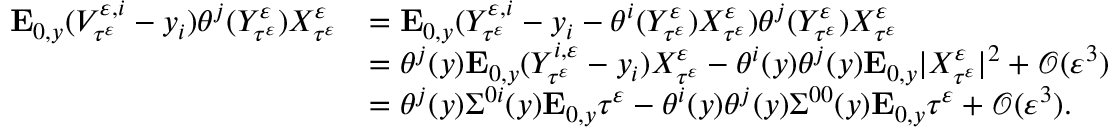
\begin{array} { r l } { \mathbf { E } _ { 0 , y } ( V _ { \tau ^ { \varepsilon } } ^ { \varepsilon , i } - y _ { i } ) \theta ^ { j } ( Y _ { \tau ^ { \varepsilon } } ^ { \varepsilon } ) X _ { \tau ^ { \varepsilon } } ^ { \varepsilon } } & { = \mathbf { E } _ { 0 , y } ( Y _ { \tau ^ { \varepsilon } } ^ { \varepsilon , i } - y _ { i } - \theta ^ { i } ( Y _ { \tau ^ { \varepsilon } } ^ { \varepsilon } ) X _ { \tau ^ { \varepsilon } } ^ { \varepsilon } ) \theta ^ { j } ( Y _ { \tau ^ { \varepsilon } } ^ { \varepsilon } ) X _ { \tau ^ { \varepsilon } } ^ { \varepsilon } } \\ & { = \theta ^ { j } ( y ) \mathbf { E } _ { 0 , y } ( Y _ { \tau ^ { \varepsilon } } ^ { i , \varepsilon } - y _ { i } ) X _ { \tau ^ { \varepsilon } } ^ { \varepsilon } - \theta ^ { i } ( y ) \theta ^ { j } ( y ) \mathbf { E } _ { 0 , y } | X _ { \tau ^ { \varepsilon } } ^ { \varepsilon } | ^ { 2 } + \mathcal O ( \varepsilon ^ { 3 } ) } \\ & { = \theta ^ { j } ( y ) \Sigma ^ { 0 i } ( y ) \mathbf { E } _ { 0 , y } \tau ^ { \varepsilon } - \theta ^ { i } ( y ) \theta ^ { j } ( y ) \Sigma ^ { 0 0 } ( y ) \mathbf { E } _ { 0 , y } \tau ^ { \varepsilon } + \mathcal O ( \varepsilon ^ { 3 } ) . } \end{array}